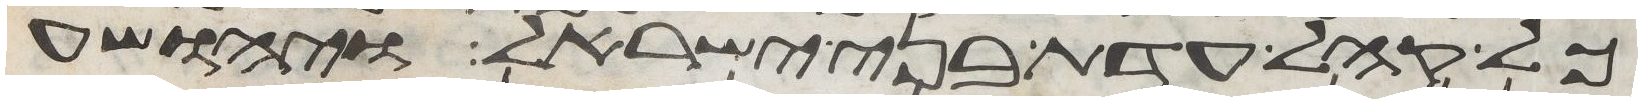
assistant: כל קהל עדת בני ישראל ויהושע